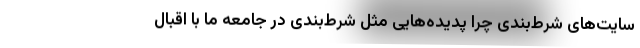
سایت‌های شرط‌بندی چرا پدیده‌هایی مثل شرط‌بندی در جامعه ما با اقبال